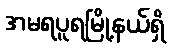
အမရပူရမြို့နယ်ရှိ